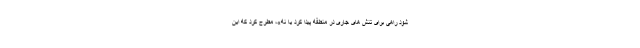
شود راهی برای تنش های جاری در منطقه پیدا کرد یا نه»، مطرح کرد که این